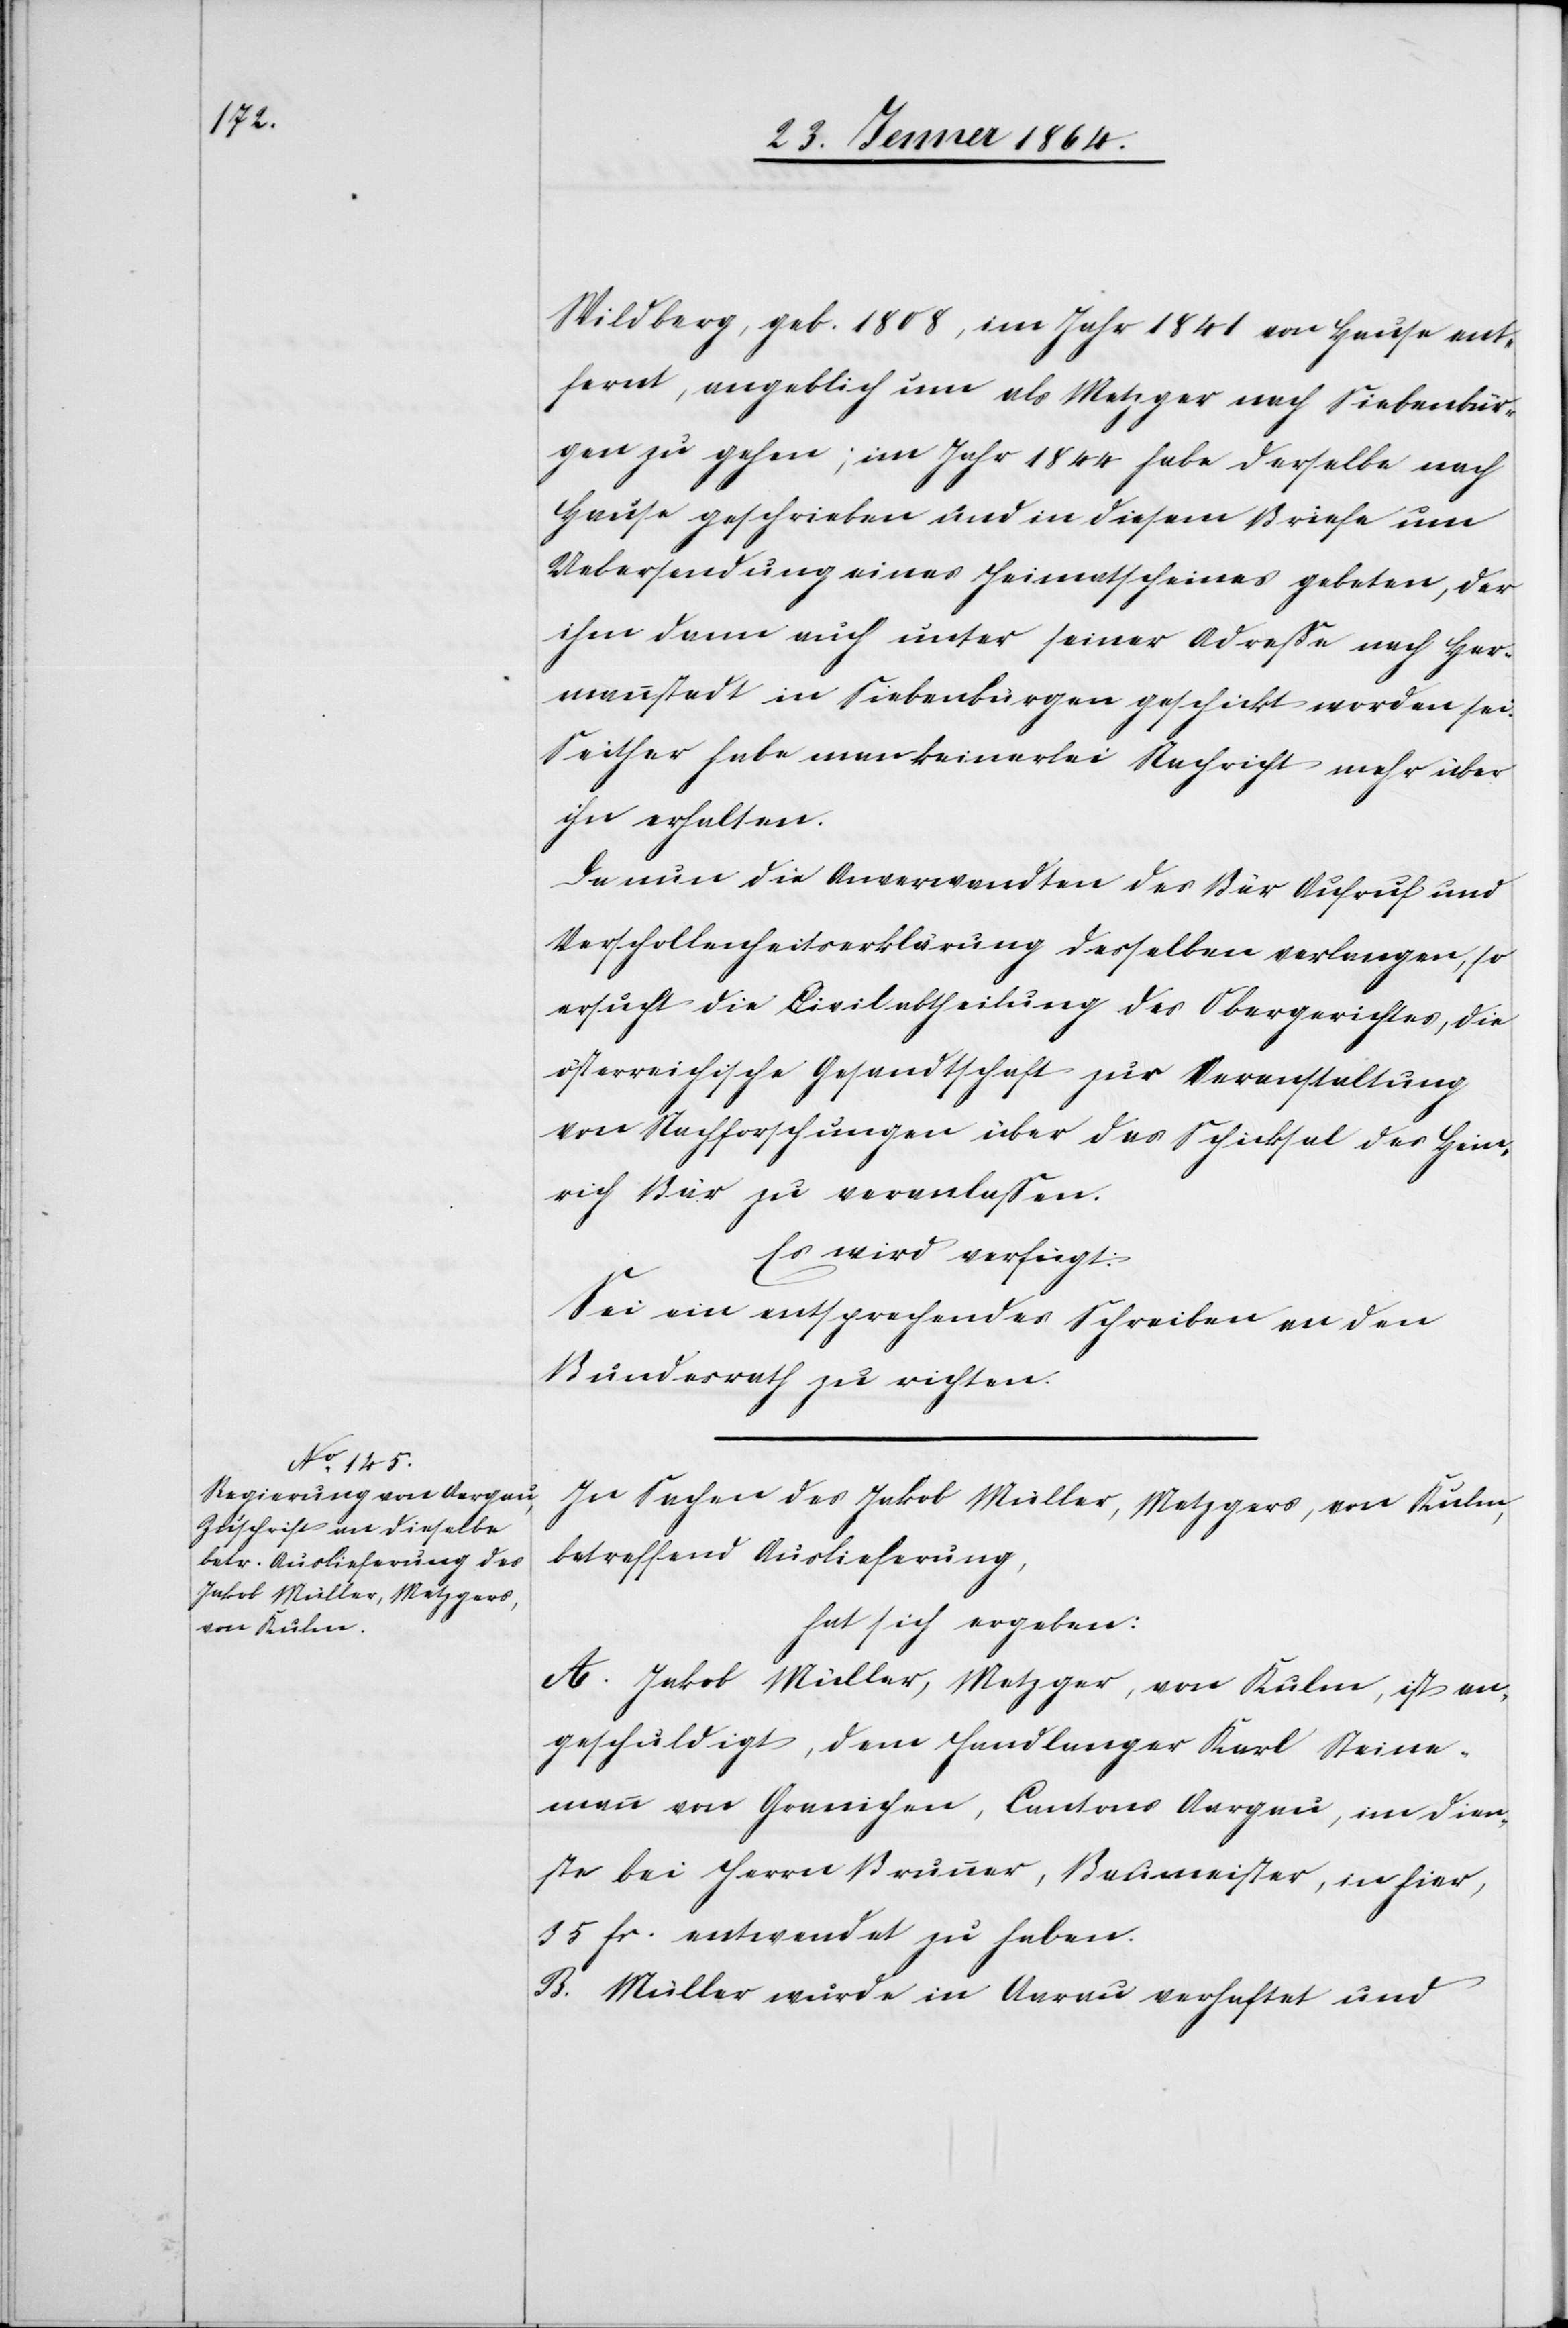
28. Jenner 1864.]
Wildberg, geb. 1801, im Jahr 1841 von Hause ent¬
fernt, angeblich um als Metzger nach Siebenbür¬
gen zu gehen; im Jahr 1844 habe derselbe nach
Hause geschrieben und in diesem Briefe um
Uebersendung eines Heimatscheines gebeten, der
ihm dann auch unter seiner Adresse nach Her¬
mannstadt in Siebenbürgen geschickt worden sei.
Seither habe man keinerlei Nachricht mehr über
ihn erhalten.
Da nun die Anverwandten des Bär Aufruf und
Verschollenheitserklärung desselben verlangen, so
ersucht die Civilabtheilung des Obergerichtes, die
österreichische Gesandtschaft zur Veranstaltung
von Nachforschungen über das Schicksal des Hein¬
rich Bär zu veranlassen.
Es wird verfügt:
Sei ein entsprechendes Schreiben an den
Bundesrath zu richten.
In Sachen des Jakob Müller, Metzgers, von Kulm,
betreffend Auslieferung,
hat sich ergeben:
A. Jakob Müller, Metzger, von Kulm, ist an¬
geschuldigt, dem Handlanger Karl Steine¬
mann von Granichen, Cantons Aargau, im Dien¬
ste bei Herrn Brunner, Baumeister, in hier,
35 fr. entwendet zu haben.
B. Müller wurde in Aarau verhaftet und